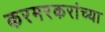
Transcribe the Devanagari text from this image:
करमरकरांच्या